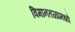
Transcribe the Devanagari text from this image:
विमानतळांमध्ये